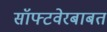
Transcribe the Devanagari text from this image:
सॉफ्टवेरबाबत